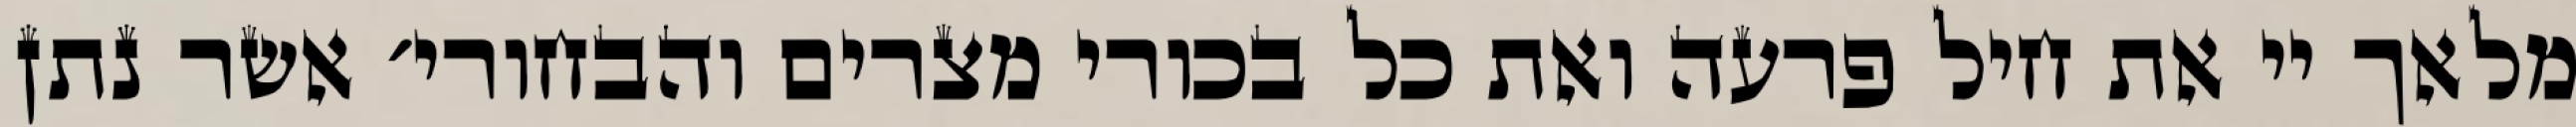
מלאך יי את חיל פרעה ואת כל בכורי מצרים והבחורי׳ אשר נתן